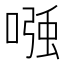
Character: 𭉹